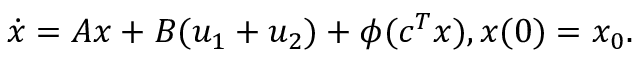
{ \dot { x } } = A x + B ( u _ { 1 } + u _ { 2 } ) + \phi ( c ^ { T } x ) , x ( 0 ) = x _ { 0 } .